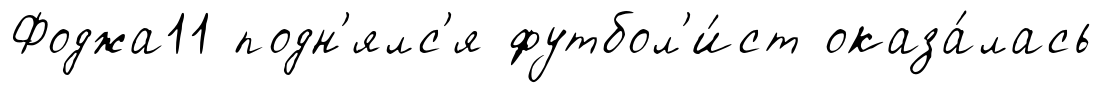
Фоджа11 подн'ялс'я футбол'и́ст оказа́лась